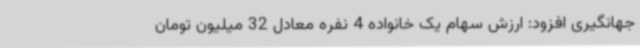
جهانگیری افزود: ارزش سهام یک خانواده 4 نفره معادل 32 میلیون تومان